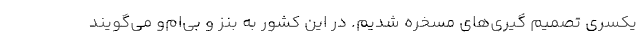
یکسری تصمیم گیری‌های مسخره شدیم. در این کشور به بنز و بی‌ام‌و می‌گویند